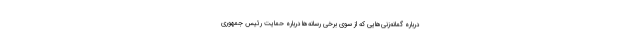
درباره گمانه‌زنی‌هایی که از سوی برخی رسانه‌ها درباره حمایت رئیس جمهوری